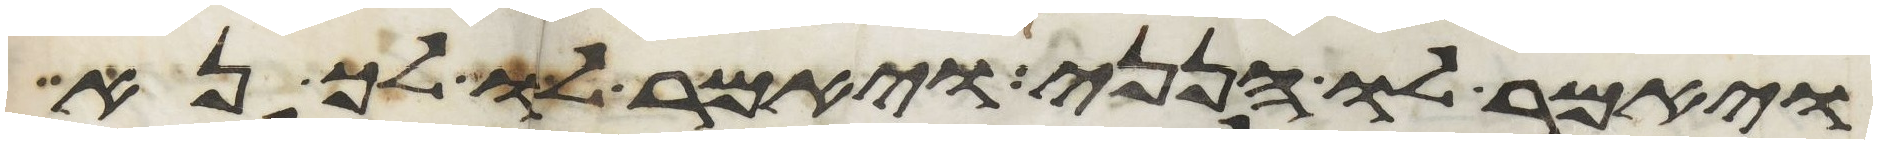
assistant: ויאמר לו הנני ויאמר לו לך נא